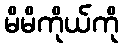
မိမိကိုယ်ကို